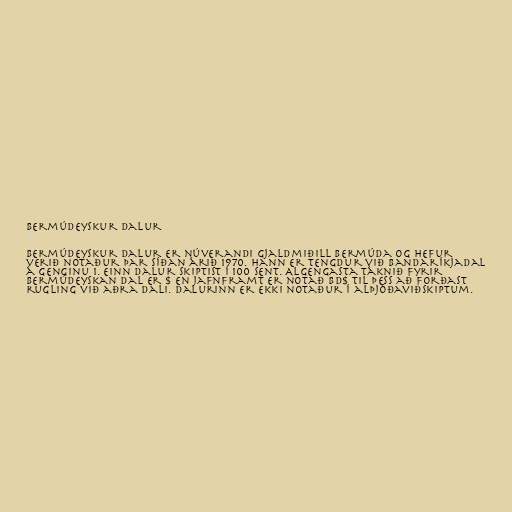
Bermúdeyskur dalur

Bermúdeyskur dalur er núverandi gjaldmiðill Bermúda og hefur
verið notaður þar síðan árið 1970. Hann er tengdur við Bandaríkjadal
á genginu 1. Einn dalur skiptist í 100 sent. Algengasta táknið fyrir
bermúdeyskan dal er $ en jafnframt er notað BD$ til þess að forðast
rugling við aðra dali. Dalurinn er ekki notaður í alþjóðaviðskiptum.